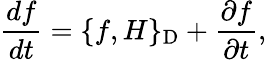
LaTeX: \frac{df}{dt}=\{ f,H\} _{\mathrm{D}}+\frac{\partial f}{\partial t},